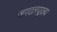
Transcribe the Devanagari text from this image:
जगदलपूरला